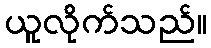
ယူလိုက်သည်။